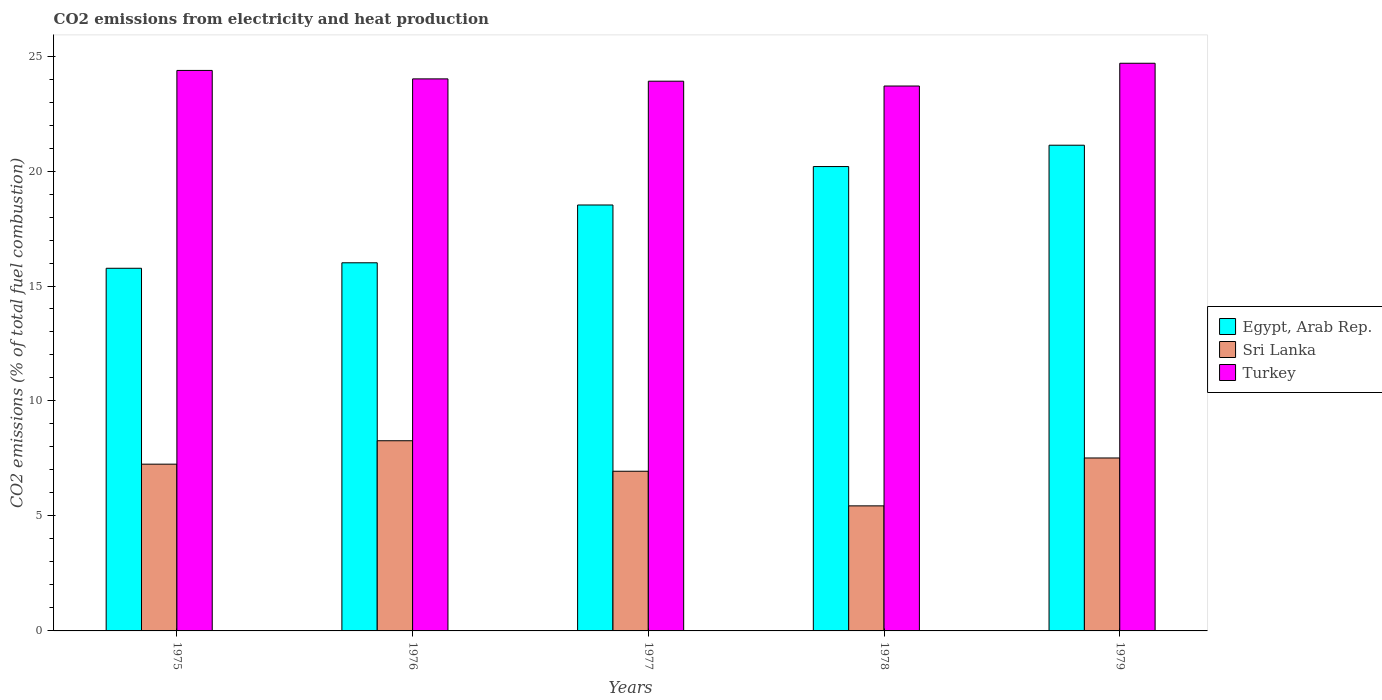
| Years | Egypt, Arab Rep. | Sri Lanka | Turkey |
 | --- | --- | --- | --- |
 | 1975 | 15.8 | 7.25 | 24.4 |
 | 1976 | 16 | 8.27 | 24 |
 | 1977 | 18.5 | 6.94 | 23.9 |
 | 1978 | 20.2 | 5.44 | 23.7 |
 | 1979 | 21.1 | 7.52 | 24.7 |